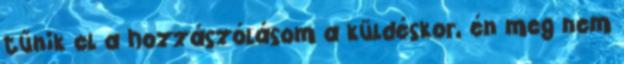
tűnik el a hozzászólásom a küldéskor, én meg nem